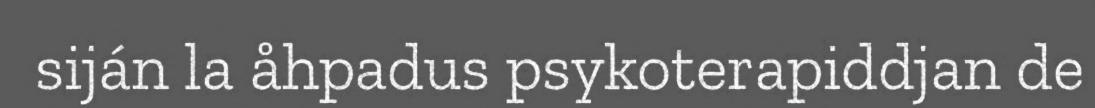
siján la åhpadus psykoterapiddjan de